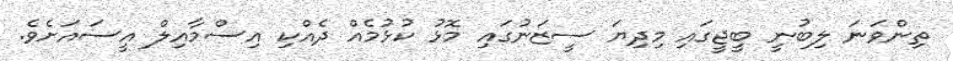
ތިންވަނަ ލިބުނީ ބީޖީގައި މިދިޔަ ސީޒަނުގައި މޮޅު ކުޅުމެއް ދެއްކި އިސްމާއިލް އީސައަށެވެ.